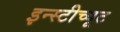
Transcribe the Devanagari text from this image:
इन्स्टीच्यूट